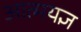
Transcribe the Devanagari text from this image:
आत्मयज्ञ